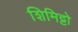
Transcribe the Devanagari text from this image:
शिमिट्टो